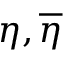
\eta , \overline { { \eta } }